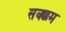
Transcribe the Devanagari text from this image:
सक्छम